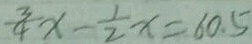
\frac { 3 } { 4 } x - \frac { 1 } { 2 } x = 6 0 . 5